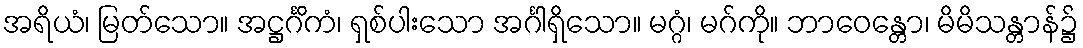
အရိယံ၊ မြတ်သော။ အဋ္ဌင်္ဂိကံ၊ ရှစ်ပါးသော အင်္ဂါရှိသော။ မဂ္ဂံ၊ မဂ်ကို။ ဘာဝေန္တော၊ မိမိသန္တာန်၌